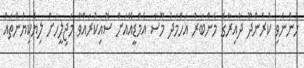
ހުންނެވި ކުރެންދޫ ދާއިރާގެ މެންބަރު އަހްމަދު މޫސާ އެމްޑީއޭއަށް ސޮއިކުރައްވާ މަޖިލީހަށް ލިޔެކިޔުންތައް